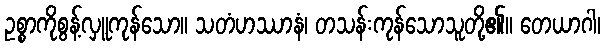
ဥစ္စာကိုစွန့်လှူကုန်သော။ သတံဟဿာနံ၊ တသန်းကုန်သောသူတို့၏။ တေယာဂါ၊